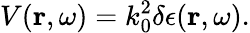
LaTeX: V(\boldsymbol{\mathbf{r}},\omega)=k_{0}^{2}\delta\epsilon(\boldsymbol{\mathbf{r}},\omega).